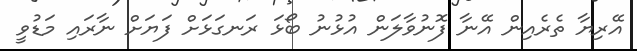
އޭރިޔާ ތެރެއިން އޭނާ ފޮނުވާލަން އުޅުނު ބޯޅަ ރަނގަޅަށް ފަޔަށް ނާރައި މަޑުވީ